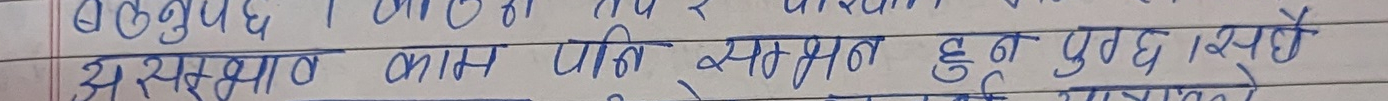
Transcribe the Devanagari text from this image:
हरुवाबाट काम लिन सहमत हुन पुग्छ। त्यसैले